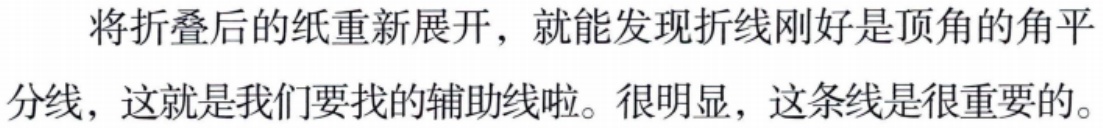
将折叠后的纸重新展开，就能发现折线刚好是顶角的角平分线，这就是我们要找的辅助线啦。很明显，这条线是很重要的。